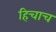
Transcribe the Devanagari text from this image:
हिचाच